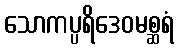
သောကပ္ပရိဒေဝမစ္ဆရံ